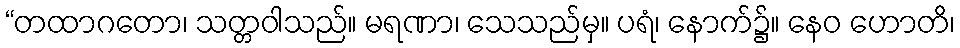
“တထာဂတော၊ သတ္တဝါသည်။ မရဏာ၊ သေသည်မှ။ ပရံ၊ နောက်၌။ နေဝ ဟောတိ၊